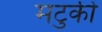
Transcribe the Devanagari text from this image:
मटुकी